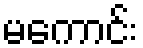
မကောင်း